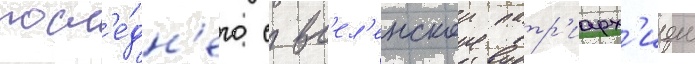
посл'е́дн'его с вс'ел'енскои патр'иарх'иеи